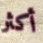
أكثر